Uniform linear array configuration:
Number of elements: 48
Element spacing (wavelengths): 0.75
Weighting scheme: binomial
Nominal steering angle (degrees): -30
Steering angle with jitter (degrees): -29.303
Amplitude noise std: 0.05
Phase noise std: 0.05

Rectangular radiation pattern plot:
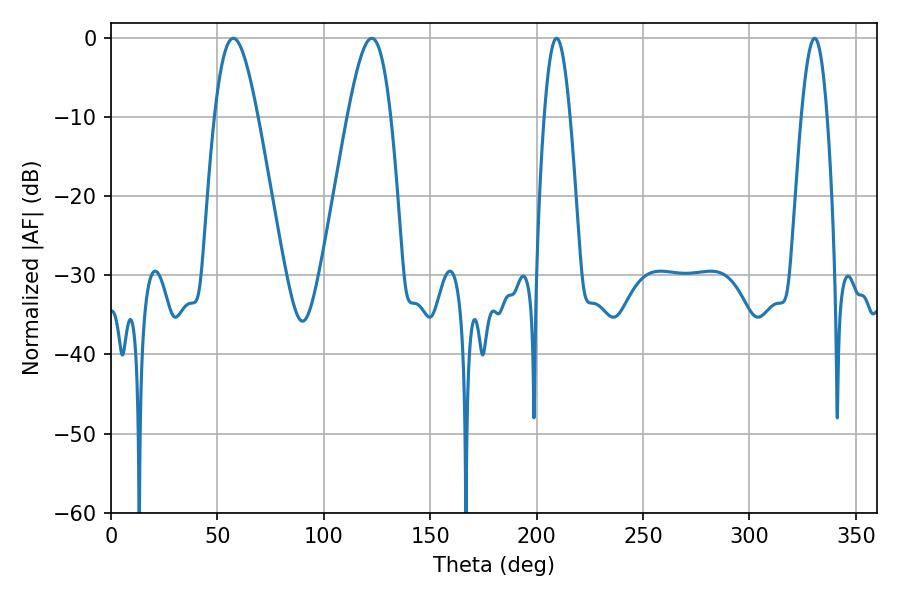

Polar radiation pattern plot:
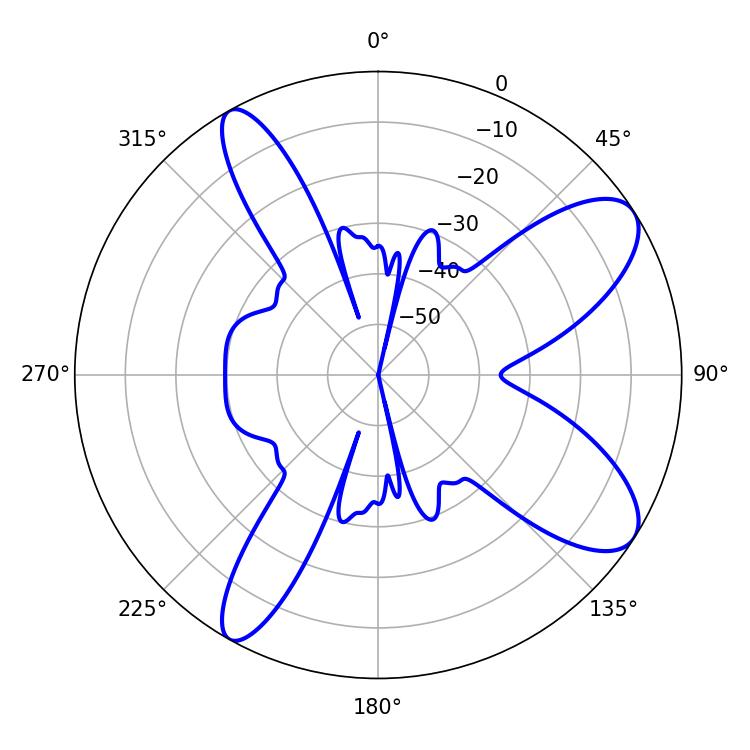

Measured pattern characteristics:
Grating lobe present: TRUE
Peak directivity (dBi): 9.414
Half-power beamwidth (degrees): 6.66
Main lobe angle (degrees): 209.34